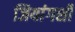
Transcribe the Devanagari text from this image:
जियांगशी